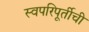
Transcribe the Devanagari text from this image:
स्वपरिपूर्तीची